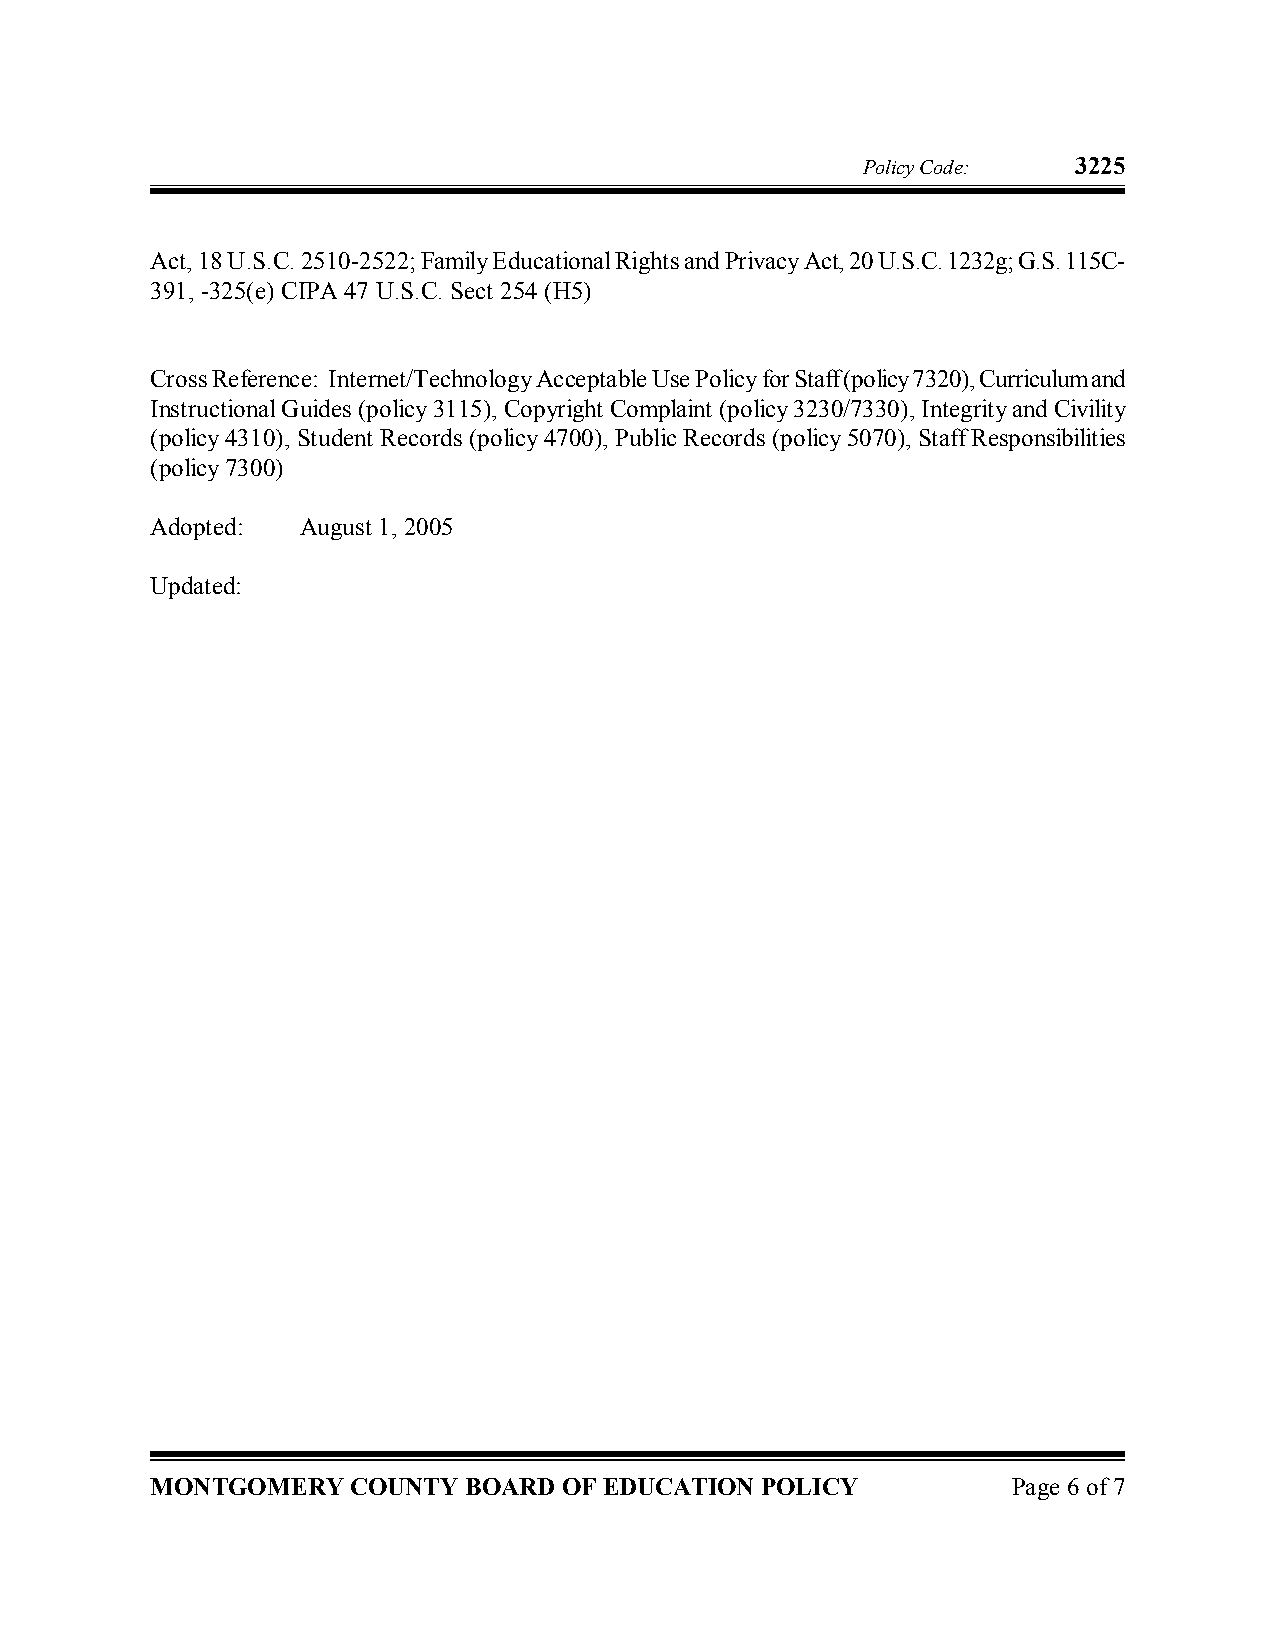
Policy Code:  3225
 Act, 18 U.S.C. 2510­2522; Family Educational Rights and Privacy Act, 20 U.S.C. 1232g; G.S. 115C­
 391, ­325(e) CIPA 47 U.S.C. Sect 254 (H5)
 Cross Reference: Internet/Technology Acceptable Use Policy for Staff (policy 7320), Curriculum and
 Instructional Guides (policy 3115), Copyright Complaint (policy 3230/7330),Integrity and Civility
 (policy 4310), Student Records (policy 4700), Public Records (policy 5070), Staff Responsibilities
 (policy 7300)
 Adopted:  August 1, 2005
 Updated:
 MONTGOMERY   COUNTY  BOARD OF EDUCATION POLICY           Page 6 of7